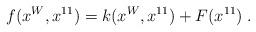
LaTeX: \begin{align*}f(x^W,x^{11})=k(x^W,x^{11})+F(x^{11}) \; . \end{align*}